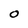
Character: 0